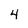
Character: 4